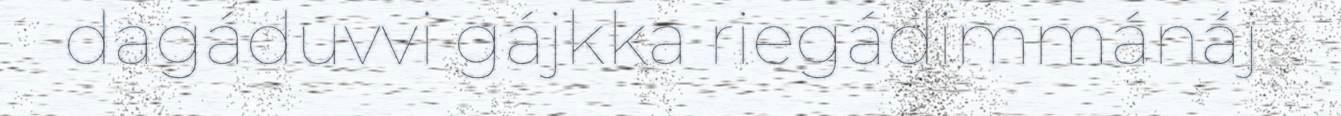
dagáduvvi gájkka riegádimmánáj